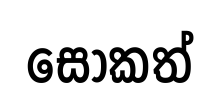
සෝකත්